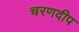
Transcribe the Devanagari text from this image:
चरणदीप